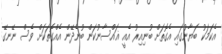
އެކަމަކު ބަޔާނުގައި އެގޮތަށް ބުނިއިރު އެއީ ޣައްސާނުކަން ބުނެދޭން އެއްގޮތަކަށް ވެސް ނޭނގޭ